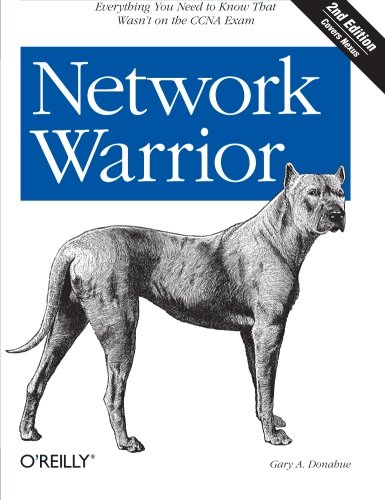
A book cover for Network Warrior; Gary A. Donahue; Engineering & Transportation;